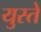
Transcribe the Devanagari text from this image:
युस्ते